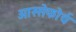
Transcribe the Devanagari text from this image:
ओस्सेफोर्थ